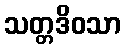
သတ္တဒိဝသာ